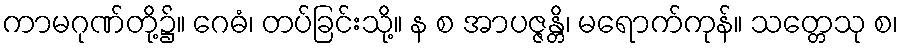
ကာမဂုဏ်တို့၌။ ဂေဓံ၊ တပ်ခြင်းသို့။ န စ အာပဇ္ဇန္တိ၊ မရောက်ကုန်။ သတ္တေသု စ၊